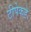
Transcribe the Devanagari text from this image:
टीपेकडे